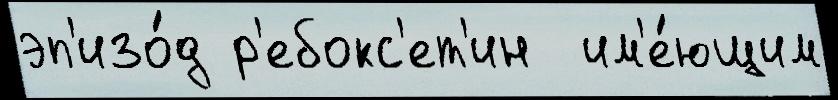
эп'изо́д р'ебокс'ет'ин  им'е́ющим